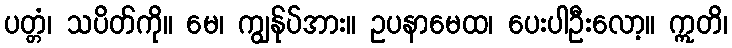
ပတ္တံ၊ သပိတ်ကို။ မေ၊ ကျွန်ုပ်အား။ ဥပနာမေထ၊ ပေးပါဦးလော့။ ဣတိ၊